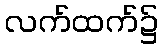
လက်ထက်၌